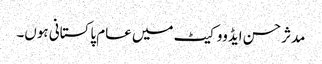
مدثر حسن ایڈووکیٹ میں عام پاکستانی ہوں۔